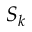
S _ { k }